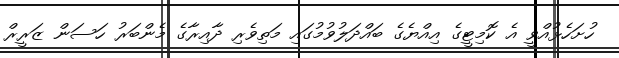
ހުށަހެޅުއްވީ އެ ކޮމިޓީގެ އިއްޔެގެ ބައްދަލުވުމުގައި މަތިވެރި ދާއިރާގެ މެންބަރު ހަސަން ޒަރީރް